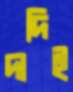
দাদিই